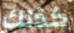
كذلك